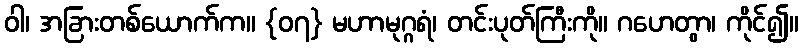
ဝါ၊ အခြားတစ်ယောက်က။ {၀၇} မဟာမုဂ္ဂရံ၊ တင်းပုတ်ကြီးကို။ ဂဟေတွာ၊ ကိုင်၍။